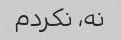
نه، نکردم